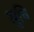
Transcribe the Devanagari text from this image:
सुवि